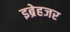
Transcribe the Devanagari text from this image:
इब्रेहजर